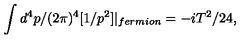
\int d ^ { 4 } p / ( 2 \pi ) ^ { 4 } [ 1 / p ^ { 2 } ] | _ { f e r m i o n } = - i T ^ { 2 } / 2 4 ,